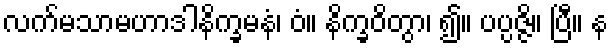
လက်မသာမဟာဒါနိက္ခမနံ၊ ဝံ။ နိက္ခဝိတွာ၊ ၍။ ပပ္ပဇ္ဇိ။ ပြီ။ န